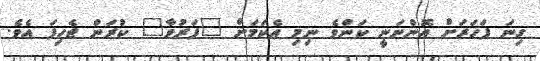
ގިނަ ފަހަރަށް އޮންނަނީ ކަންވެ ނިމި އެކަމަށް "ފަރުވާ" ކުރަން ޖެހިފަ އެވެ.